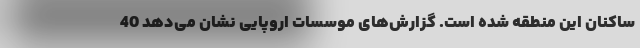
ساکنان این منطقه شده است. گزارش‌های موسسات اروپایی نشان می‌دهد 40